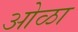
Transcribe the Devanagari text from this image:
ओळा